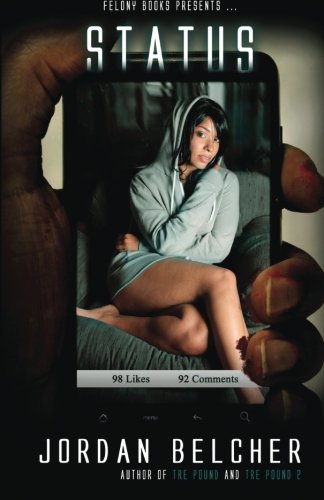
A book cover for Status (Volume 1); Jordan Belcher; Mystery, Thriller & Suspense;